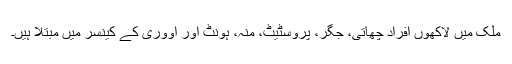
ملک میں لاکھوں افراد چھاتی، جگر، پروسٹیٹ، منہ، ہونٹ اور اووری کے کینسر میں مبتلا ہیں۔